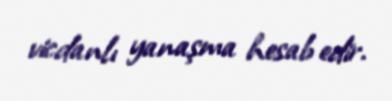
vicdanlı yanaşma hesab edir.